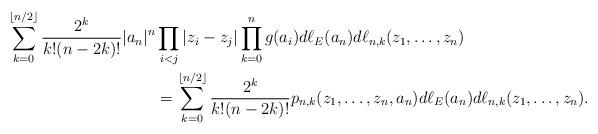
LaTeX: \begin{align*}\sum_{k=0}^{\lfloor n/2 \rfloor} \frac{2^k}{k!(n-2k)!} |a_n|^n & \prod_{i<j}|z_i-z_j| \prod_{k=0}^{n}g(a_i) d\ell_E(a_n)d\ell_{n,k}(z_1,\dots,z_n) \\ &= \sum_{k=0}^{\lfloor n/2 \rfloor}\frac{2^k}{k!(n-2k)!} p_{n,k}(z_1,\dots,z_n,a_n)d\ell_E(a_n)d\ell_{n,k}(z_1,\dots,z_n).\end{align*}